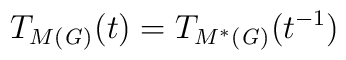
T_{M(\mathit{G)}}(t)=T_{M^{\ast }(\mathit{G)}}(t^{-1})